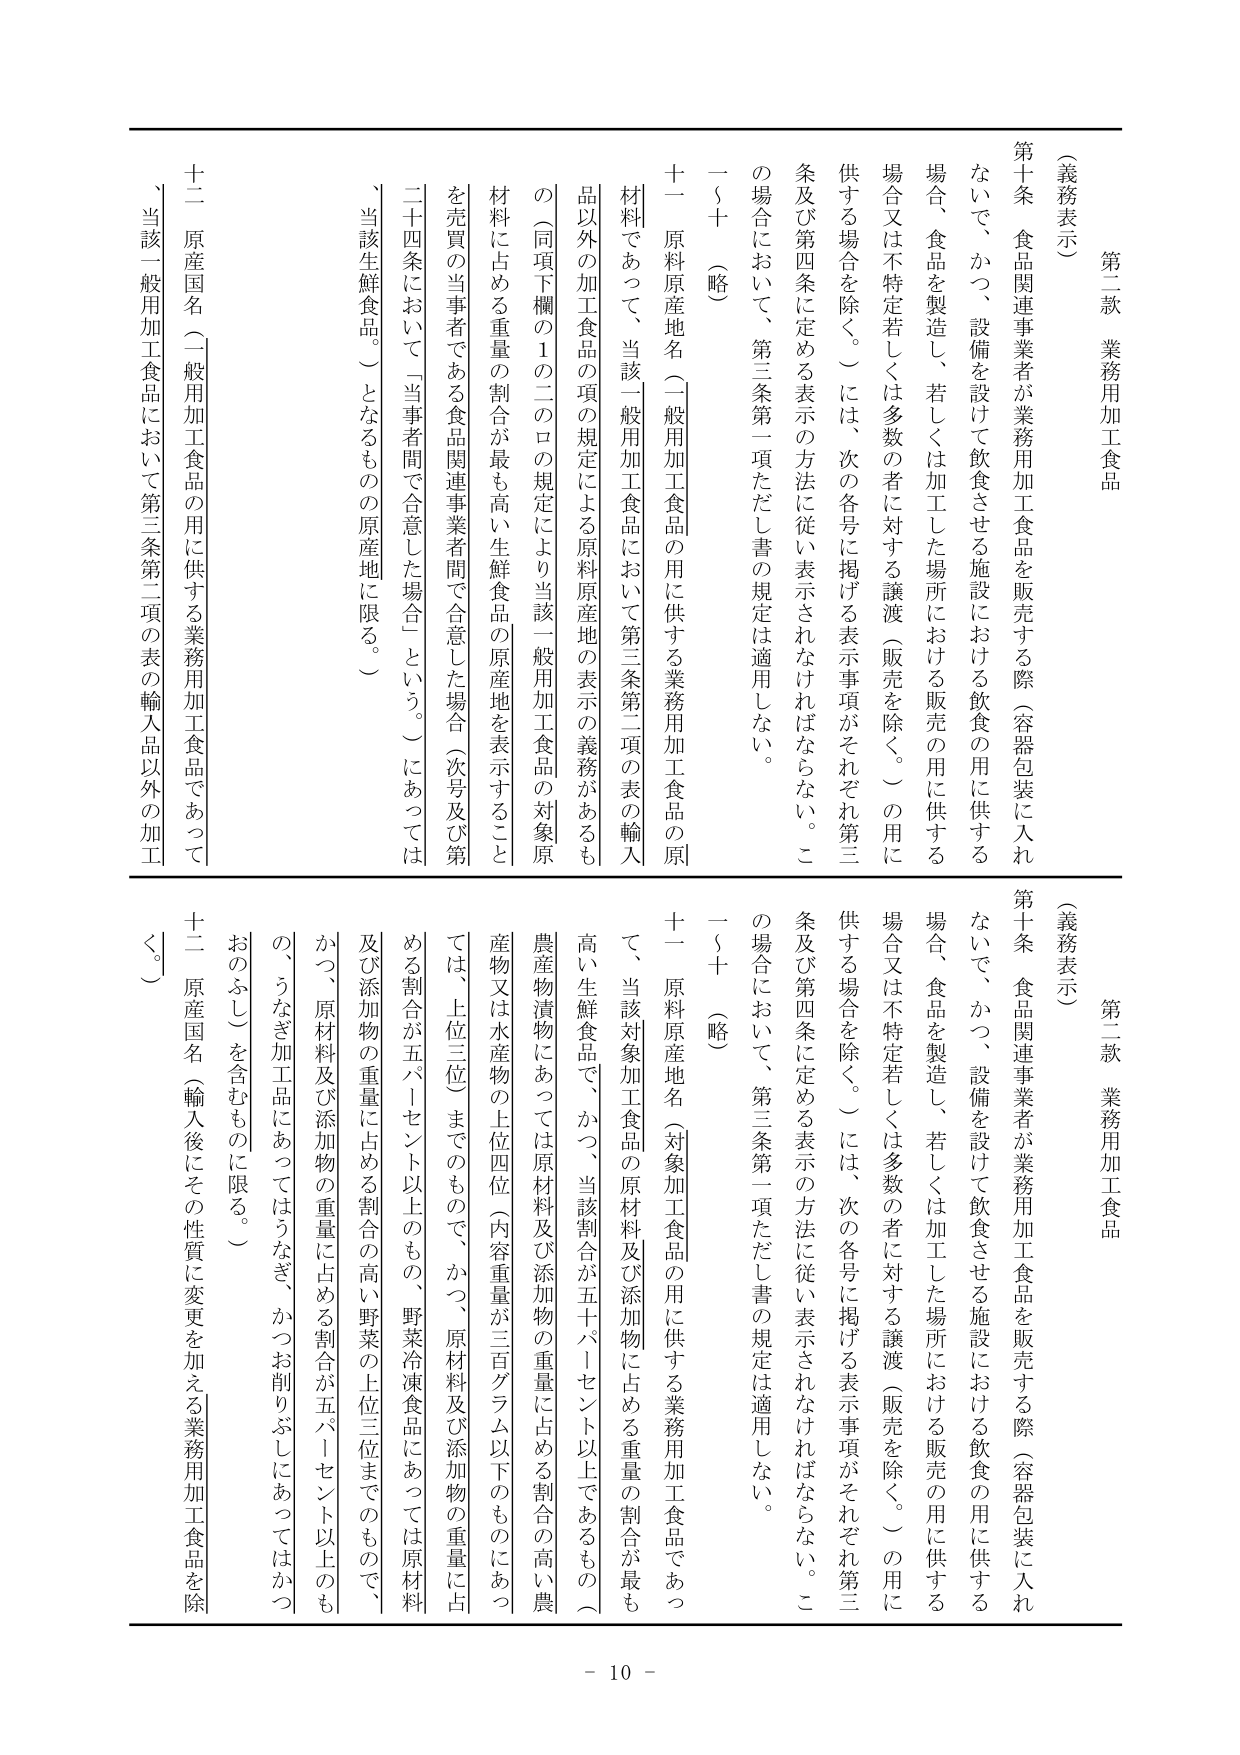
第二款 業務用加工食品
（義務表示）
第十条 食品関連事業者が業務用加工食品を販売する際（容器包装に入れ
ないで、かつ、設備を設けて飲食させる施設における飲食の用に供する
場合、食品を製造し、若しくは加工した場所における販売の用に供する
場合又は不特定若しくは多数の者に対する譲渡（販売を除く。）の用に
供する場合を除く。）には、次の各号に掲げる表示事項がそれぞれ第三
条及び第四条に定める表示の方法に従い表示されなければならない。こ
の場合において、第三条第一項ただし書の規定は適用しない。
一～十 （略）
十一 原料原産地名（一般用加工食品の用に供する業務用加工食品の原
材料であって、当該一般用加工食品において第三条第二項の表の輸入
品以外の加工食品の項の規定による原料原産地の表示の義務があるも
の（同項下欄の1の二のロの規定により当該一般用加工食品の対象原
材料に占める重量の割合が最も高い生鮮食品の原産地を表示すること
を売買の当事者である食品関連事業者間で合意した場合（次号及び第
二十四条において「当事者間で合意した場合」という。）にあっては
、当該生鮮食品。）となるものの原産地に限る。）
十二 原産国名（一般用加工食品の用に供する業務用加工食品であって
、当該一般用加工食品において第三条第二項の表の輸入品以外の加工

第二款 業務用加工食品
（義務表示）
第十条 食品関連事業者が業務用加工食品を販売する際（容器包装に入れ
ないで、かつ、設備を設けて飲食させる施設における飲食の用に供する
場合、食品を製造し、若しくは加工した場所における販売の用に供する
場合又は不特定若しくは多数の者に対する譲渡（販売を除く。）の用に
供する場合を除く。）には、次の各号に掲げる表示事項がそれぞれ第三
条及び第四条に定める表示の方法に従い表示されなければならない。こ
の場合において、第三条第一項ただし書の規定は適用しない。
一～十 （略）
十一 原料原産地名（対象加工食品の用に供する業務用加工食品であっ
て、当該対象加工食品の原材料及び添加物に占める重量の割合が最も
高い生鮮食品で、かつ、当該割合が五十パーセント以上であるもの（
農産物漬物にあっては原材料及び添加物の重量に占める割合の高い農
産物又は水産物の上位四位（内容重量が三百グラム以下のものにあっ
ては、上位三位）までのもので、かつ、原材料及び添加物の重量に占
める割合が五十パーセント以上のも、野菜冷凍食品にあっては原材料
及び添加物の重量に占める割合の高い野菜の上位三位までのもので、
かつ、原材料及び添加物の重量に占める割合が五十パーセント以上のも
の、うなぎ加工品にあってはうなぎ、かつお削りぶしにあってはかつ
おのぶし）を含むものに限る。）
十二 原産国名（輸入後にその性質に変更を加える業務用加工食品を除
く。）

- 10 -